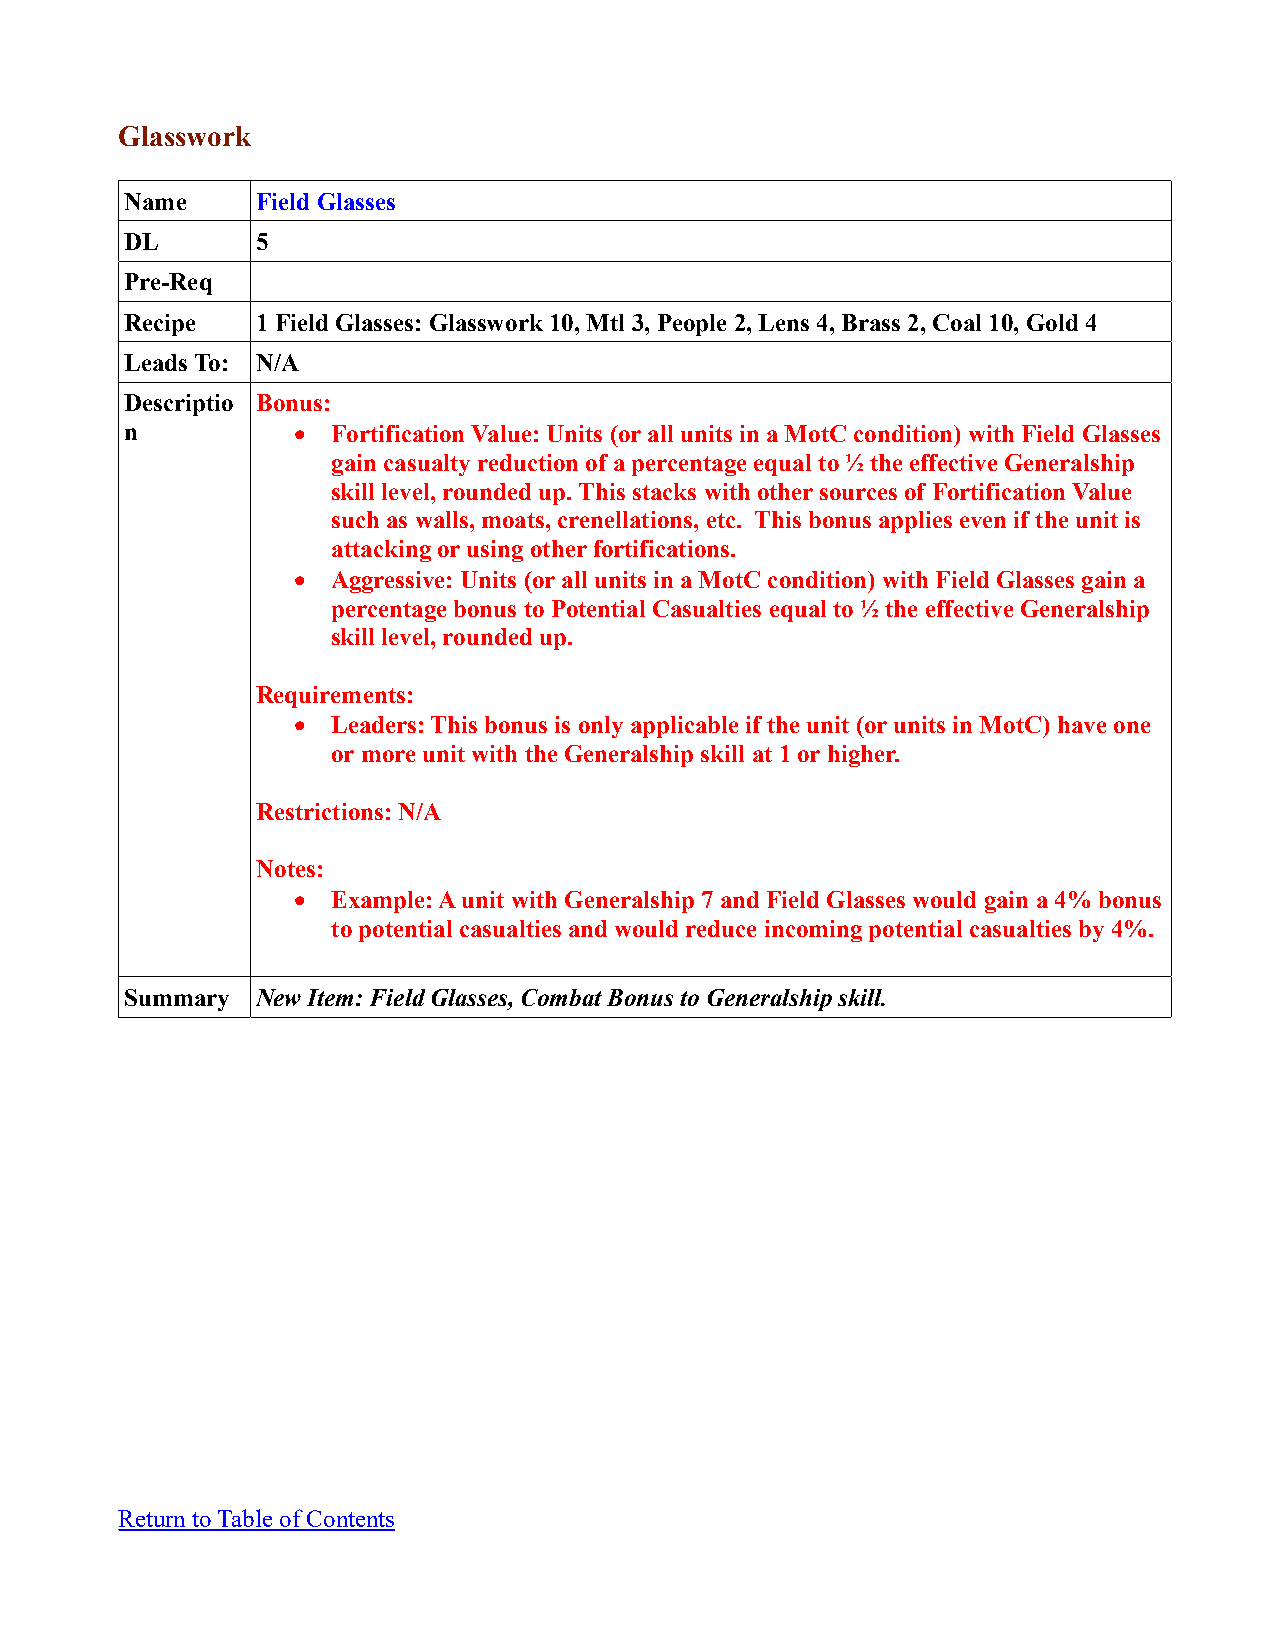
Glasswork
 Name     Field Glasses
 DL       5
 Pre-Req
 Recipe   1 Field Glasses: Glasswork 10, Mtl 3, People 2, Lens 4, Brass 2, Coal 10, Gold 4
 Leads To: N/A
 Descriptio Bonus:
 n            Fortification Value: Units (or all units in a MotC condition) with Field Glasses
 gain casualty reduction of a percentage equal to ½ the effective Generalship
 skill level, rounded up. This stacks with other sources of Fortification Value
 such as walls, moats, crenellations, etc. This bonus applies even if the unit is
 attacking or using other fortifications.
   Aggressive: Units (or all units in a MotC condition) with Field Glasses gain a
 percentage bonus to Potential Casualties equal to ½ the effective Generalship
 skill level, rounded up.
 Requirements:
   Leaders: This bonus is only applicable if the unit (or units in MotC) have one
 or more unit with the Generalship skill at 1 or higher.
 Restrictions: N/A
 Notes:
   Example: A unit with Generalship 7 and Field Glasses would gain a 4% bonus
 to potential casualties and would reduce incoming potential casualties by 4%.
 Summary  New Item: Field Glasses, Combat Bonus to Generalship skill.
 Return to Table of Contents